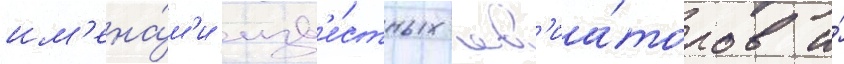
им'ена́м'и изв'е́стных ав'иа́торов и́